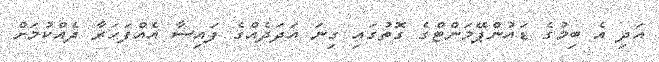
އަދި އެ ބިމުގެ ޑައުންޕޭމަންޓްގެ ގޮތުގައި ގިނަ އަދަދެއްގެ ފައިސާ އެއްފަހަރާ ދެއްކުމަށް